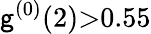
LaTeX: \mathsf{g}^{(0)}(2){>}0.55